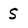
Character: S